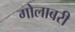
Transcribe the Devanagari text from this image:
गोलाबरी